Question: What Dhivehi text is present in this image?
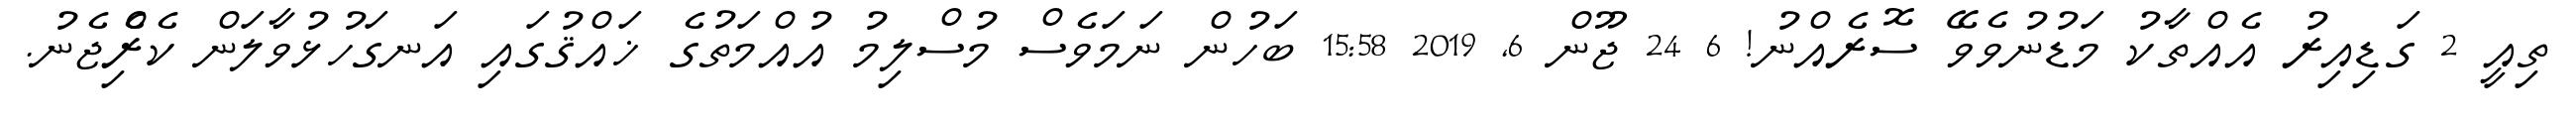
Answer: ތިއީ 2 ގަޑިއިރު އެއްތާކު މަޑުނުވެވޭ ސޮރެއްނު! 6 24 ޖޫން 6, 2019 15:58 ބަހުން ނަމަވެސް މުސްލިމު އުއްމަތުގެ ޚައްޤުގައި އަނގަހުޅުވާލަން ކެރިެްޖެނު.